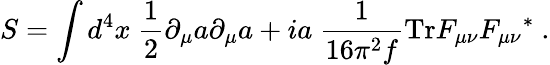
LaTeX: S=\int d^{4}x\ {\frac{1}{2}}\partial_{\mu}a\partial_{\mu}a+ia\ {\frac{1}{16\pi^{2}f}}\mathrm{Tr}F_{\mu\nu}{F_{\mu\nu}}^{*}\ .